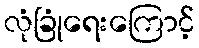
လုံခြုံရေးကြောင့်